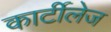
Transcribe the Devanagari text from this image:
कार्टीलेज